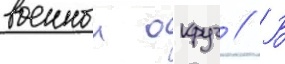
военныи округ // В